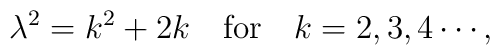
\lambda^{2}=k^{2}+2k \quad {\rm for}\quad k=2,3,4\cdots,